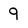
Character: 9